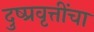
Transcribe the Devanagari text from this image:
दुष्प्रवृत्तींचा